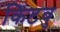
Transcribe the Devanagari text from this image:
किटवु